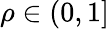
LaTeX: \rho\in(0,1]